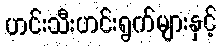
ဟင်းသီးဟင်းရွက်များနှင့်